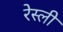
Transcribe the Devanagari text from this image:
रेस्ली